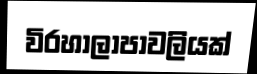
විරහාලාපාවලියක්